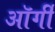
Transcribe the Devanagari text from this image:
ऑर्गी